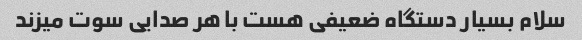
سلام بسیار دستگاه ضعیفی هست با هر صدایی سوت میزند